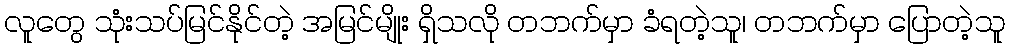
လူတွေ သုံးသပ်မြင်နိုင်တဲ့ အမြင်မျိုး ရှိသလို တဘက်မှာ ခံရတဲ့သူ၊ တဘက်မှာ ပြောတဲ့သူ